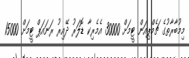
މިމުބާރާތުގެ ޗެމްޕިއަން ޓީމަށް 30000 އެމެރިކާ ޑޮލަރު ދޭއިރު ރަނައަޕް ޓީމަށް 15000